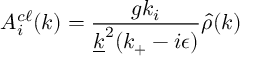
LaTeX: A _ { i } ^ { c \ell } ( k ) = { \frac { g k _ { i } } { \underline { { { k } } } ^ { 2 } ( k _ { + } - i \epsilon ) } } \hat { \rho } ( k )